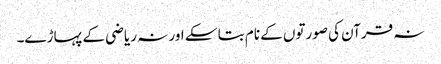
نہ قرآن کی صورتوں کے نام بتا سکے اور نہ ریاضی کے پہاڑے۔